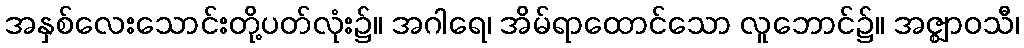
အနှစ်လေးသောင်းတို့ပတ်လုံး၌။ အဂါရေ၊ အိမ်ရာထောင်သော လူဘောင်၌။ အဇ္ဈာဝသီ၊